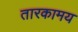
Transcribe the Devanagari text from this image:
तारकामय